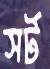
সর্ট